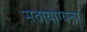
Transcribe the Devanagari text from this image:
सेवायोग्यता